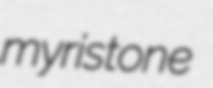
myristone